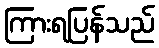
ကြားရပြန်သည်